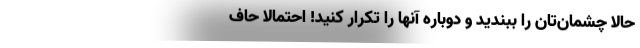
حالا چشمان‌تان را ببندید و دوباره آنها را تکرار کنید! احتمالا حاف